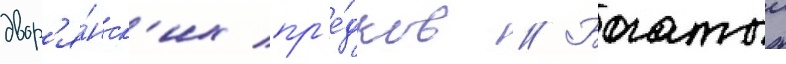
двор'я́нск'их пр'е́дков // Богатыи